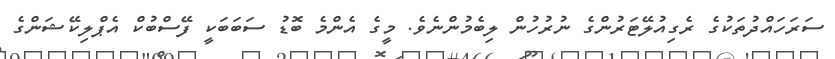
ސަރަހައްދުތަކުގެ ރެގިއުލޭޓަރުންގެ ނުރުހުން ލިބެމުންނެވެ. މީގެ އެންމެ ބޮޑު ސަބަބަކީ ފޭސްބުކް އެޕްލިކޭޝަންގެ